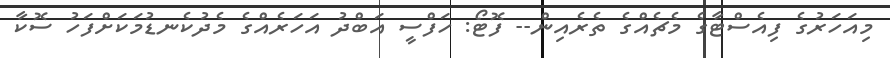
މިއަހަރުގެ ފިއެސްޓާގެ މެޗެއްގެ ތެރެއިން-- ފޮޓޯ: ހަފްސީ އަބްދު އަހަރެއްގެ މެދުކެނޑުމަކަށްފަހު ސޮކާ